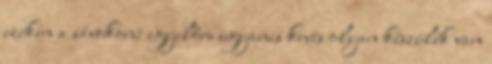
ezeken a sávokon: egyelőre ugyanis kevés olyan készülék van